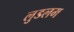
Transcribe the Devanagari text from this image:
लुडलम